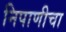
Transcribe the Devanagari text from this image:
निपाणीचा